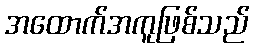
အထောက်အကူဖြစ်သည်